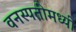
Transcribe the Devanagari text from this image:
वनस्पतींमध्यी